Civil Veterinary Dept. Bombay admin report 1932-41 - 1932-1941
Year: 1932
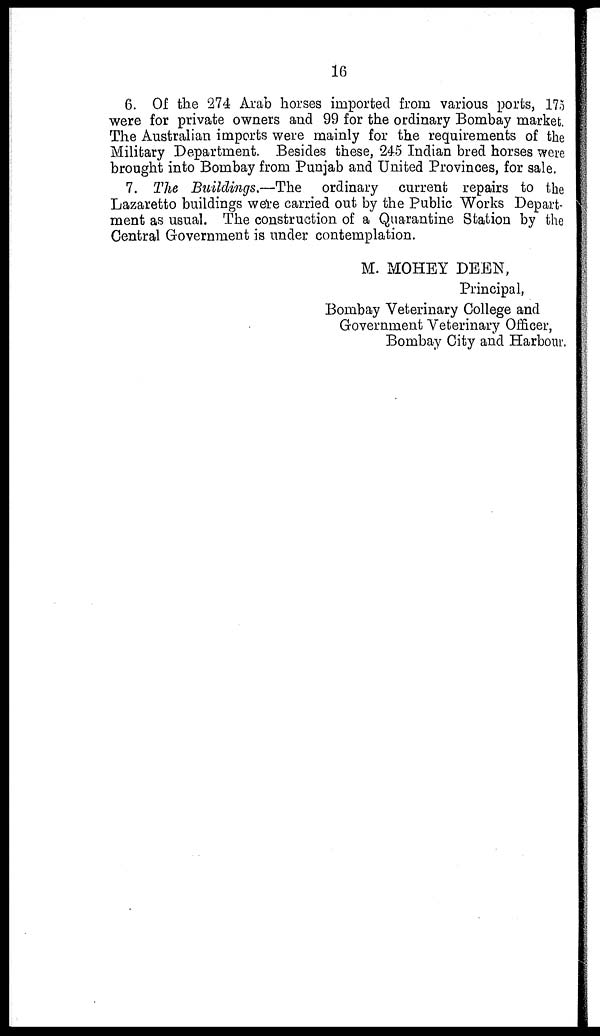
16
6. Of the 274 Arab horses imported from various ports, 175
were for private owners and 99 for the ordinary Bombay market.
The Australian imports were mainly for the requirements of the
Military Department. Besides these, 245 Indian bred horses were
brought into Bombay from Punjab and United Provinces, for sale.
7. The Buildings.—The
ordinary current repairs to the
Lazaretto buildings were carried out by the Public Works Depart-
ment as usual. The construction of a Quarantine Station by the
Central Government is under contemplation.
M. MOHEY DEEN,
Principal,
Bombay Veterinary College and
Government Veterinary Officer,
Bombay City and Harbour.